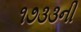
૧૭૩૩ની